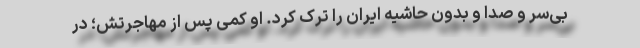
بی‌سر و صدا و بدون حاشیه ایران را ترک کرد. او کمی پس از مهاجرتش؛ در